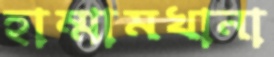
হাম্মামখানা